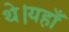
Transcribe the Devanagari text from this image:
थे।यहाँ